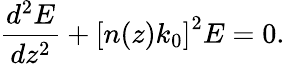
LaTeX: \frac{d^{2}E}{dz^{2}}+\left[n(z)k_{0}\right]^{2}E=0.